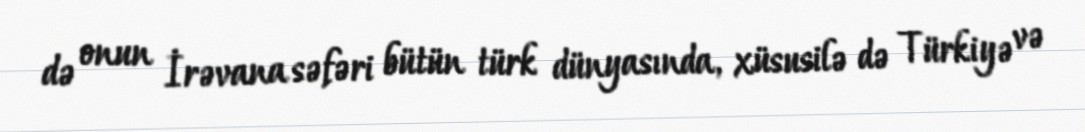
də onun İrəvana səfəri bütün türk dünyasında, xüsusilə də Türkiyə və